Indian journal of veterinary science and animal husbandry - Volumes 24-25, 1954-1955
Year: 1954
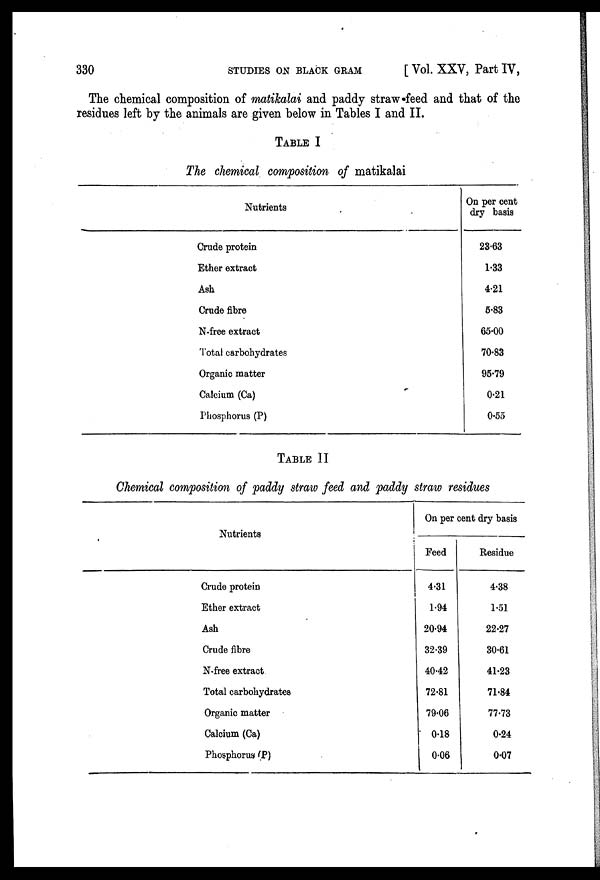
330
STUDIES
ON
BLACK
GRAM
[ Vol. XXV, Part IV,
The chemical composition of matikalai and paddy straw feed and that of theTABLE
residues left by the animals are given below in Tables I and II.
TABLE I
The chemical composition of matikalai
Nutrients
Crude protein
Ether extract
Ash
Crude fibre
N-free extract
Total carbohydrates
Organic matter
Calcium (Ca)
Phosphorus (P)
On per cent
dry basis
23.63
1.33
4.21
5.83
65.00
70.83
95.79
0.21
0.55
TABLE II
Chemical composition of paddy straw feed and paddy straw residues
Nutrients
Crude protein
Ether extract
Ash
Crude fibre
N.free extract
Total carbohydrates
Organic matter
Calcium (Ca)
Phosphorus (P)
On per cent dry basis
Feed
4.31
1.94
20.94
32.39
40.42
72.81
79.06
0.18
0.06
Residue
4.38
1.51
22.27
30.61
41.23
71.84
77.73
0.24
0.07